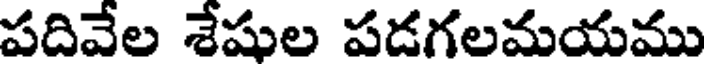
పదివేల శేషుల పడగలమయము